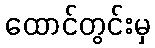
ထောင်တွင်းမှ